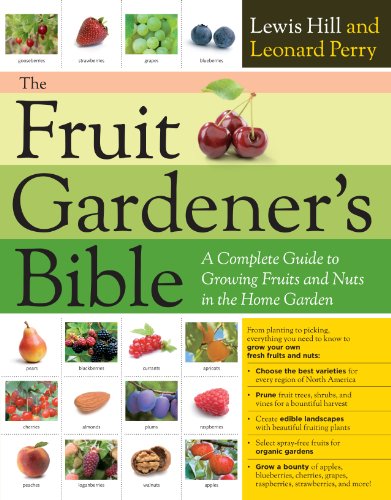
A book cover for The Fruit Gardener's Bible: A Complete Guide to Growing Fruits and Nuts in the Home Garden; Lewis Hill; Crafts, Hobbies & Home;